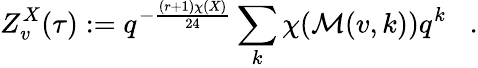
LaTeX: Z_{v}^{X}(\tau):=q^{-{\frac{(r+1)\chi(X)}{24}}}\sum_{k}\chi({\cal M}(v,k))q^{k}\; \; \; .